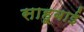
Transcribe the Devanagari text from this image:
साहूबाई